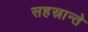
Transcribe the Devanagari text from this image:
सहस्रान्ते